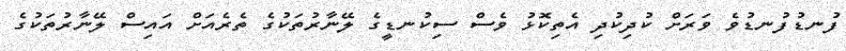
ފުނޑުފުނޑުވެ ވަރަށް ކުދިކުދި އެތިކޮޅު ވެސް ސިކުނޑީގެ ލޭނާރުތަކުގެ ތެރެއަށް އައިސް ލޭނާރުތަކުގެ